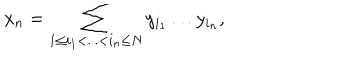
LaTeX: x _ { n } = \sum _ { 1 \leq i _ { 1 } < . . . < i _ { n } \leq N } y _ { i _ { 1 } } \dots y _ { i _ { n } } ,